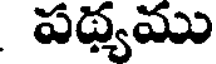
పథ్యము